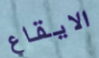
الايقاع